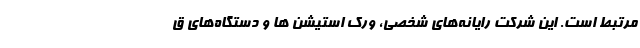
مرتبط است. این شرکت رایانه‌های شخصی، ورک استیشن ها و دستگاه‌های ق